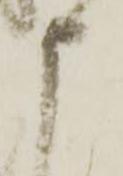
申